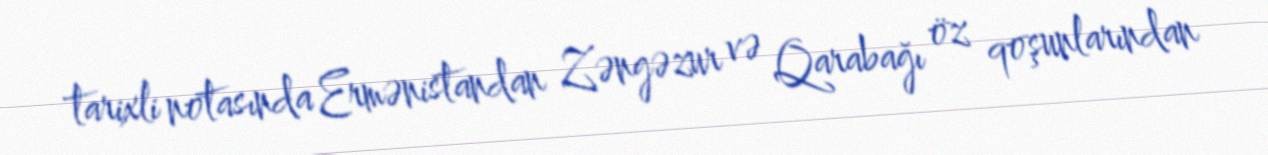
tarixli notasında Ermənistandan Zəngəzur və Qarabağı öz qoşunlarından